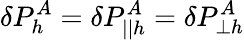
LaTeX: \delta P_{h}^{A}=\delta P_{||h}^{A}=\delta P_{\perp h}^{A}